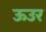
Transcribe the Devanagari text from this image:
ऊउर